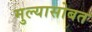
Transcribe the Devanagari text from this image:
मुल्यासोबत